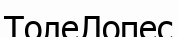
ТолеЛопес